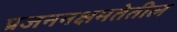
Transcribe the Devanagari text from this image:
प्रजननक्षमतेतील